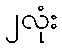
၂လုံး